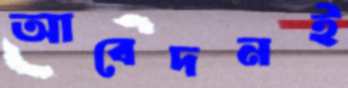
আবেদনই